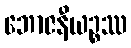
ဘောဇနီယဉ္စဿ